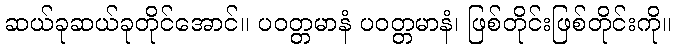
ဆယ်ခုဆယ်ခုတိုင်အောင်။ ပဝတ္တမာနံ ပဝတ္တမာနံ၊ ဖြစ်တိုင်းဖြစ်တိုင်းကို။